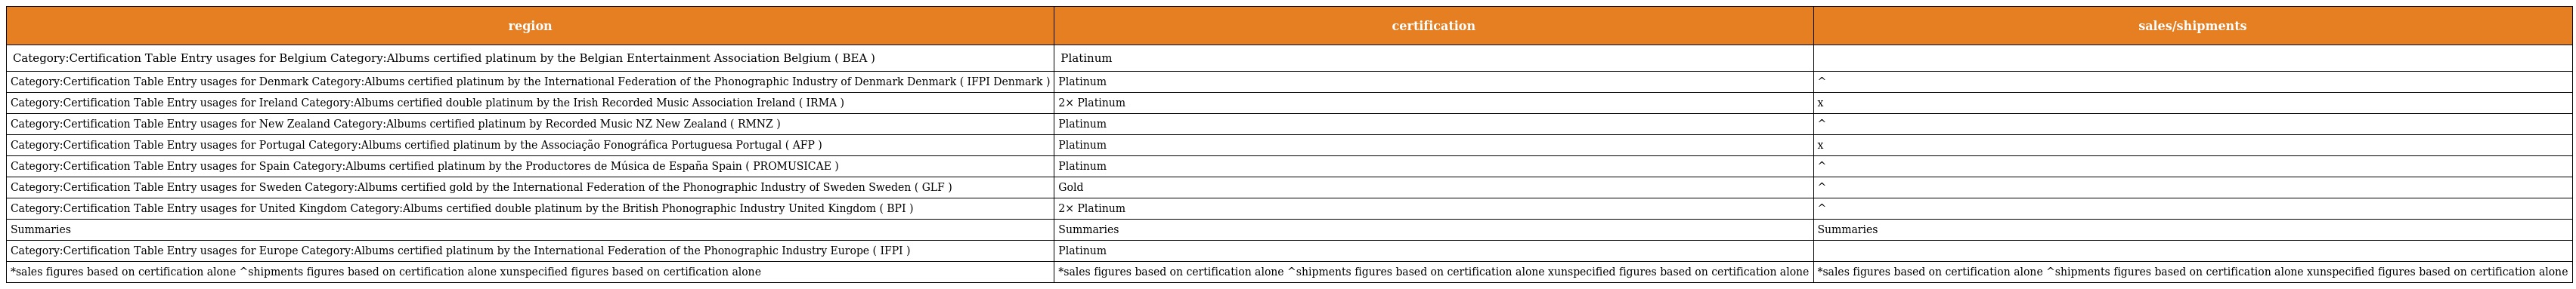
| region | certification | sales/shipments |
 | --- | --- | --- |
 | Category:Certification Table Entry usages for Belgium Category:Albums certified platinum by the Belgian Entertainment Association Belgium ( BEA ) | Platinum |  |
 | Category:Certification Table Entry usages for Denmark Category:Albums certified platinum by the International Federation of the Phonographic Industry of Denmark Denmark ( IFPI Denmark ) | Platinum | ^ |
 | Category:Certification Table Entry usages for Ireland Category:Albums certified double platinum by the Irish Recorded Music Association Ireland ( IRMA ) | 2× Platinum | x |
 | Category:Certification Table Entry usages for New Zealand Category:Albums certified platinum by Recorded Music NZ New Zealand ( RMNZ ) | Platinum | ^ |
 | Category:Certification Table Entry usages for Portugal Category:Albums certified platinum by the Associação Fonográfica Portuguesa Portugal ( AFP ) | Platinum | x |
 | Category:Certification Table Entry usages for Spain Category:Albums certified platinum by the Productores de Música de España Spain ( PROMUSICAE ) | Platinum | ^ |
 | Category:Certification Table Entry usages for Sweden Category:Albums certified gold by the International Federation of the Phonographic Industry of Sweden Sweden ( GLF ) | Gold | ^ |
 | Category:Certification Table Entry usages for United Kingdom Category:Albums certified double platinum by the British Phonographic Industry United Kingdom ( BPI ) | 2× Platinum | ^ |
 | Summaries | Summaries | Summaries |
 | Category:Certification Table Entry usages for Europe Category:Albums certified platinum by the International Federation of the Phonographic Industry Europe ( IFPI ) | Platinum |  |
 | *sales figures based on certification alone ^shipments figures based on certification alone xunspecified figures based on certification alone | *sales figures based on certification alone ^shipments figures based on certification alone xunspecified figures based on certification alone | *sales figures based on certification alone ^shipments figures based on certification alone xunspecified figures based on certification alone |